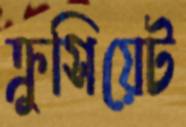
ক্রুসিয়েট